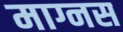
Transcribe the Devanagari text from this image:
माग्नस